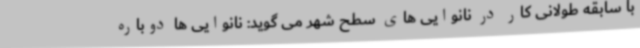
با سابقه طولانی کار در نانوایی های سطح شهر می گوید: نانوایی ها دوباره